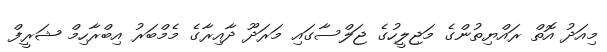
މިއަދު އޮތް ރައްޔިތުންގެ މަޖިލީހުގެ ޖަލްސާގައި މަރަދޫ ދާއިރާގެ މެމްބަރު އިބްރާހިމް ޝަރީފް